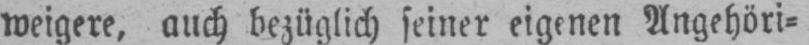
weigere, auch bezüglich seiner eigenen Angehöri⸗